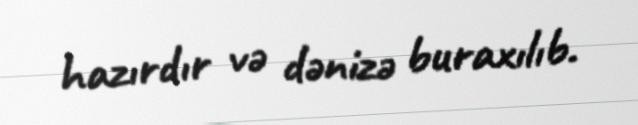
hazırdır və dənizə buraxılıb.